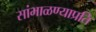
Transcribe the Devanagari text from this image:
सांभाळण्याप्रति